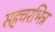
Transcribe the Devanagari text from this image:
सहचरभिन्न